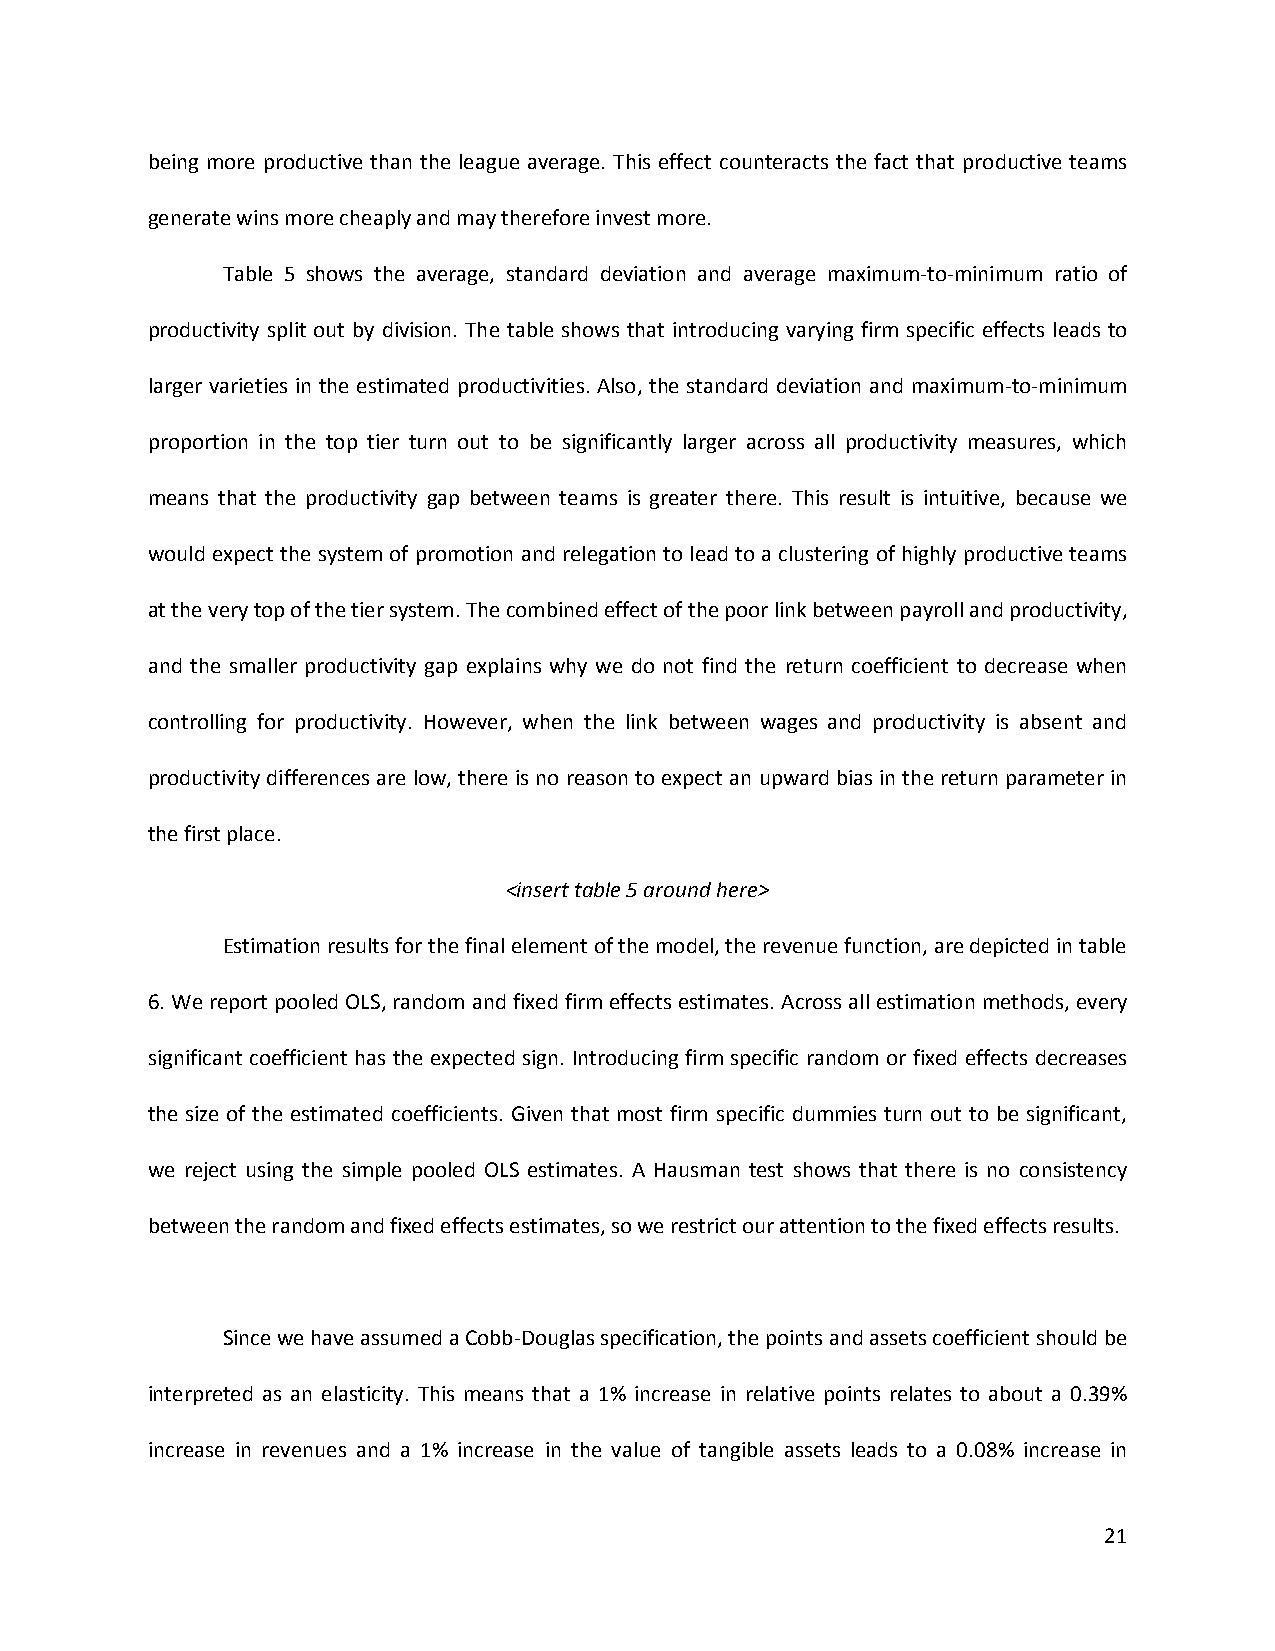
being more productive than the league average. This effect counteracts the fact that productive teams
 generate wins more cheaply and may therefore invest more.
 Table 5 shows the average, standard deviation and average maximum-to-minimum ratio of
 productivity split out by division. The table shows that introducing varying firm specific effects leads to
 larger varieties in the estimated productivities. Also, the standard deviation and maximum-to-minimum
 proportion in the top tier turn out to be significantly larger across all productivity measures, which
 means that the productivity gap between teams is greater there. This result is intuitive, because we
 would expect the system of promotion and relegation to lead to a clustering of highly productive teams
 at the very top of the tier system. The combined effect of the poor link between payroll and productivity,
 and the smaller productivity gap explains why we do not find the return coefficient to decrease when
 controlling for productivity. However, when the link between wages and productivity is absent and
 productivity differences are low, there is no reason to expect an upward bias in the return parameter in
 the first place.
 <insert table 5 around here>
 Estimation results for the final element of the model, the revenue function, are depicted in table
 6. We report pooled OLS, random and fixed firm effects estimates. Across all estimation methods, every
 significant coefficient has the expected sign. Introducing firm specific random or fixed effects decreases
 the size of the estimated coefficients. Given that most firm specific dummies turn out to be significant,
 we reject using the simple pooled OLS estimates. A Hausman test shows that there is no consistency
 between the random and fixed effects estimates, so we restrict our attention to the fixed effects results.
 Since we have assumed a Cobb-Douglas specification, the points and assets coefficient should be
 interpreted as an elasticity. This means that a 1% increase in relative points relates to about a 0.39%
 increase in revenues and a 1% increase in the value of tangible assets leads to a 0.08% increase in
 21